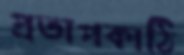
প্রতাপকাঠি